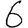
Digit: 6